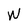
Character: W